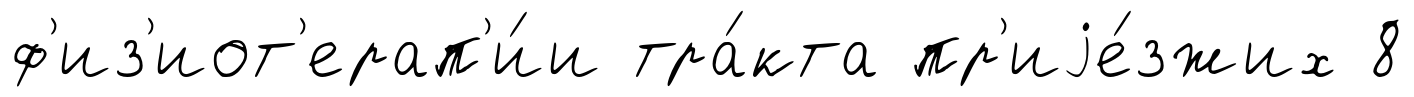
ф'из'иот'ерап'и́и тра́кта пр'иjе́зжих 8